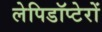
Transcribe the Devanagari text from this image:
लेपिडॉप्टेरों